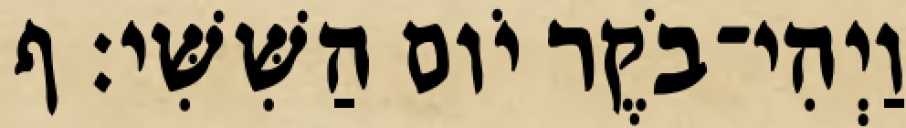
וַיְהִי־בֹקֶר יֹום הַשִּׁשִּׁי׃ ף